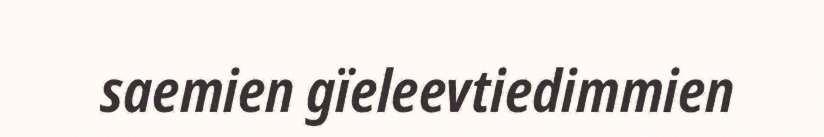
saemien gïeleevtiedimmien